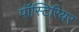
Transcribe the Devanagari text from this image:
पॉस्टिरियर